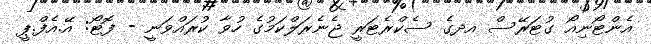
އެންޓޯނިއޯ ގުޓަރޭސް އދގެ ސެކްރެޓަރީ ޖެނެރަލްކަމުގެ ހުވާ ކުރައްވަނީ - ފޮޓޯ: އޭ.އެފް.ޕީ